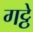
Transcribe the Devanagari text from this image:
गट्ठे